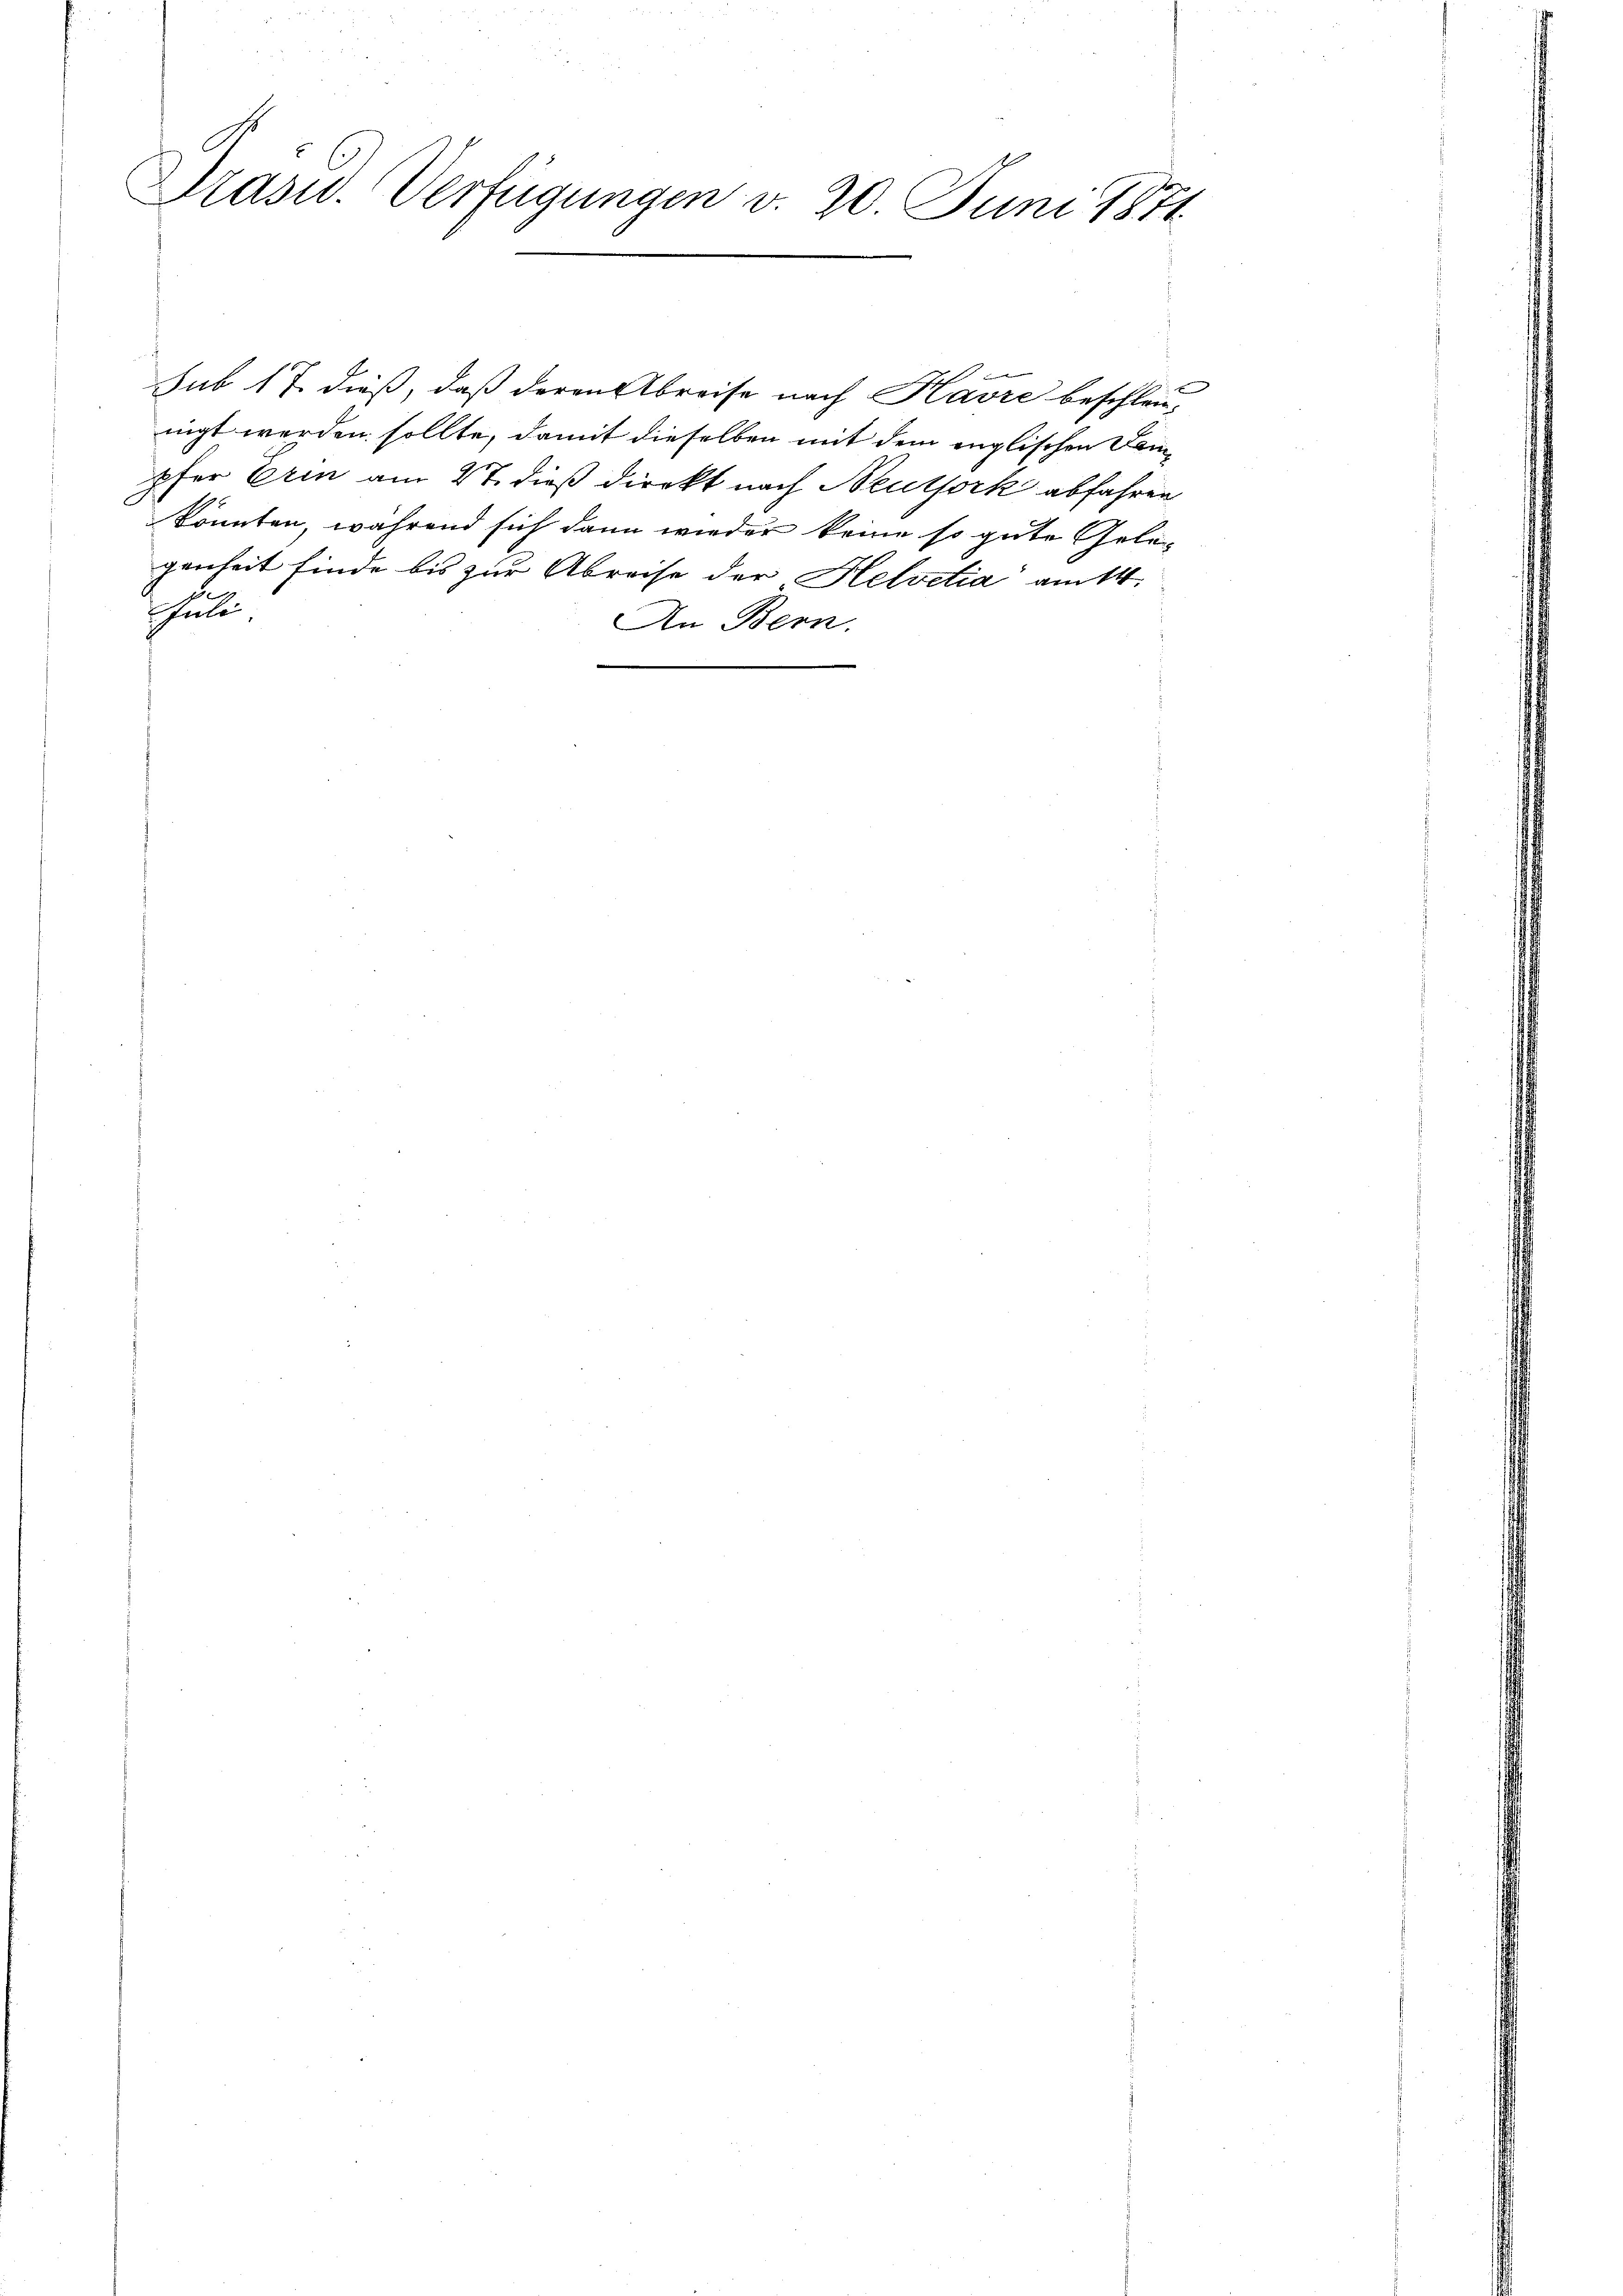
Präsid. Verfügungen v. 20. Juni 1871.

d.
Echale,
An Bern.

sub 17. dieß, daß deren Abreise nach Havre beschleu-
nigt werden sollte, damit dieselben mit dem englischen Dempfer Erin am 27. dieß direkt nach Neuthork abfahren
könnten, während sich dann wieder keine so gute Gelegenheit finde bis zur Abreise der Helvetia am 14.